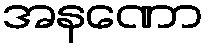
အနဏော